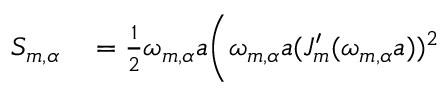
\begin{array} { r l } { S _ { m , \alpha } } & { { } = \frac { 1 } { 2 } \omega _ { m , \alpha } a \Bigg ( \omega _ { m , \alpha } a ( J _ { m } ^ { \prime } ( \omega _ { m , \alpha } a ) ) ^ { 2 } } \end{array}